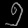
Digit: ၅